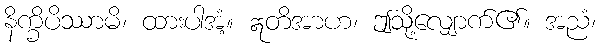
နိက္ခိပိဿာမိ၊ ထားပါအံ့။ ဣတိအာဟ၊ ဤသို့လျှောက်၏။ အညံ၊